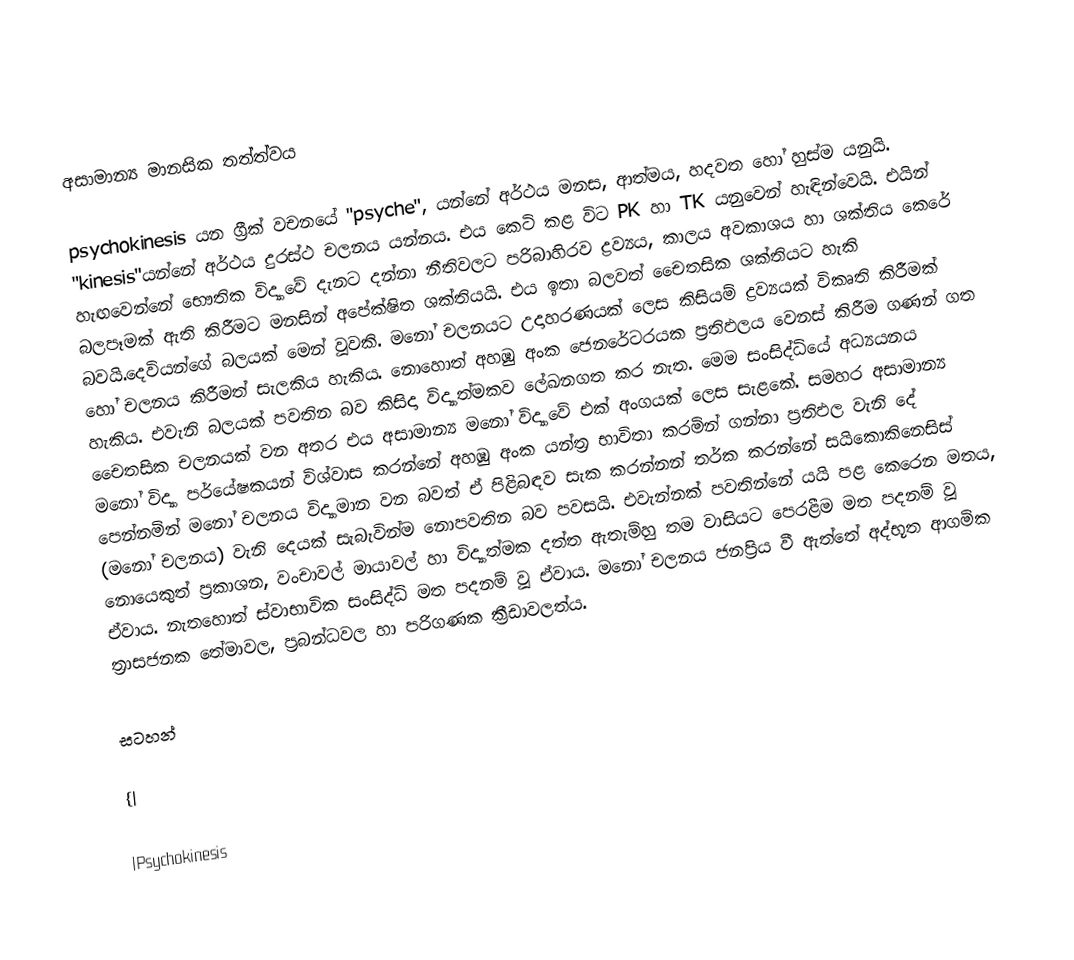

අසාමාන්‍ය මානසික තත්ත්වය

psychokinesis යන ග්‍රීක් වචනයේ "psyche", යන්නේ අර්ථය මනස, ආත්මය, හදවත හෝ හුස්ම යනුයි. "kinesis"යන්නේ අර්ථය දුරස්ථ චලනය යන්නය. එය කෙටි කළ විට PK හා TK යනුවෙන් හැඳින්වෙයි. එයින් හැඟවෙන්නේ භෞතික විද්‍යාවේ දැනට දන්නා නීතිවලට පරිබාහිරව ද්‍රව්‍යය, කාලය අවකාශය හා ශක්තිය කෙරේ බලපෑමක් ඇති කිරීමට මනසින් අපේක්ෂිත ශක්තියයි. එය ඉතා බලවත් චෛතසික ශක්තියට හැකි බවයි.දෙවියන්ගේ බලයක් මෙන් වූවකි. මනෝ චලනයට උදාහරණයක් ලෙස කිසියම් ද්‍රව්‍යයක් විකෘති කිරීමක් හෝ චලනය කිරීමත් සැලකිය හැකිය. නොහොත් අහඹු අංක ජෙනරේටරයක ප්‍රතිඵලය වෙනස් කිරීම ගණන් ගත හැකිය. එවැනි බලයක් පවතින බව කිසිදා විද්‍යාත්මකව ලේඛනගත කර නැත. මෙම සංසිද්ධියේ අධ්‍යයනය චෛතසික චලනයක් වන අතර එය අසාමාන්‍ය මනෝ විද්‍යාවේ එක් අංගයක් ලෙස සැළකේ. සමහර අසාමාන්‍ය මනෝ විද්‍යා පර්යේෂකයන් විශ්වාස කරන්නේ අහඹු අංක යන්ත්‍ර භාවිතා කරමින් ගන්නා ප්‍රතිඵල වැනි දේ පෙන්නමින් මනෝ චලනය විද්‍යාමාන වන බවත් ඒ පිළිබඳව සැක කරන්නන් තර්ක කරන්නේ සයිකොකිනෙසිස් (මනෝ චලනය) වැනි දෙයක් සැබැවින්ම නොපවතින බව පවසයි. එවැන්නක් පවතින්නේ යයි පළ කෙරෙන මතය, නොයෙකුත් ප්‍රකාශන, වංචාවල් මායාවල් හා විද්‍යාත්මක දත්ත ඇතැම්හු තම වාසියට පෙරළීම මත පදනම් වූ ඒවාය. නැතහොත් ස්වාභාවික සංසිද්ධි මත පදනම් වූ ඒවාය. මනෝ චලනය ජනප්‍රිය වී ඇත්තේ අද්භූත ආගමික ත්‍රාසජනක තේමාවල, ප්‍රබන්ධවල හා පරිගණක ක්‍රීඩාවලත්ය.

සටහන්

{|

|Psychokinesis